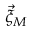
\vec { \xi } _ { M }